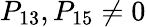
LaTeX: P_{13},P_{15}\neq 0